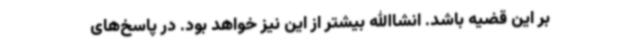
بر این قضیه باشد. انشاالله بیشتر از این نیز خواهد بود. در پاسخ‌های